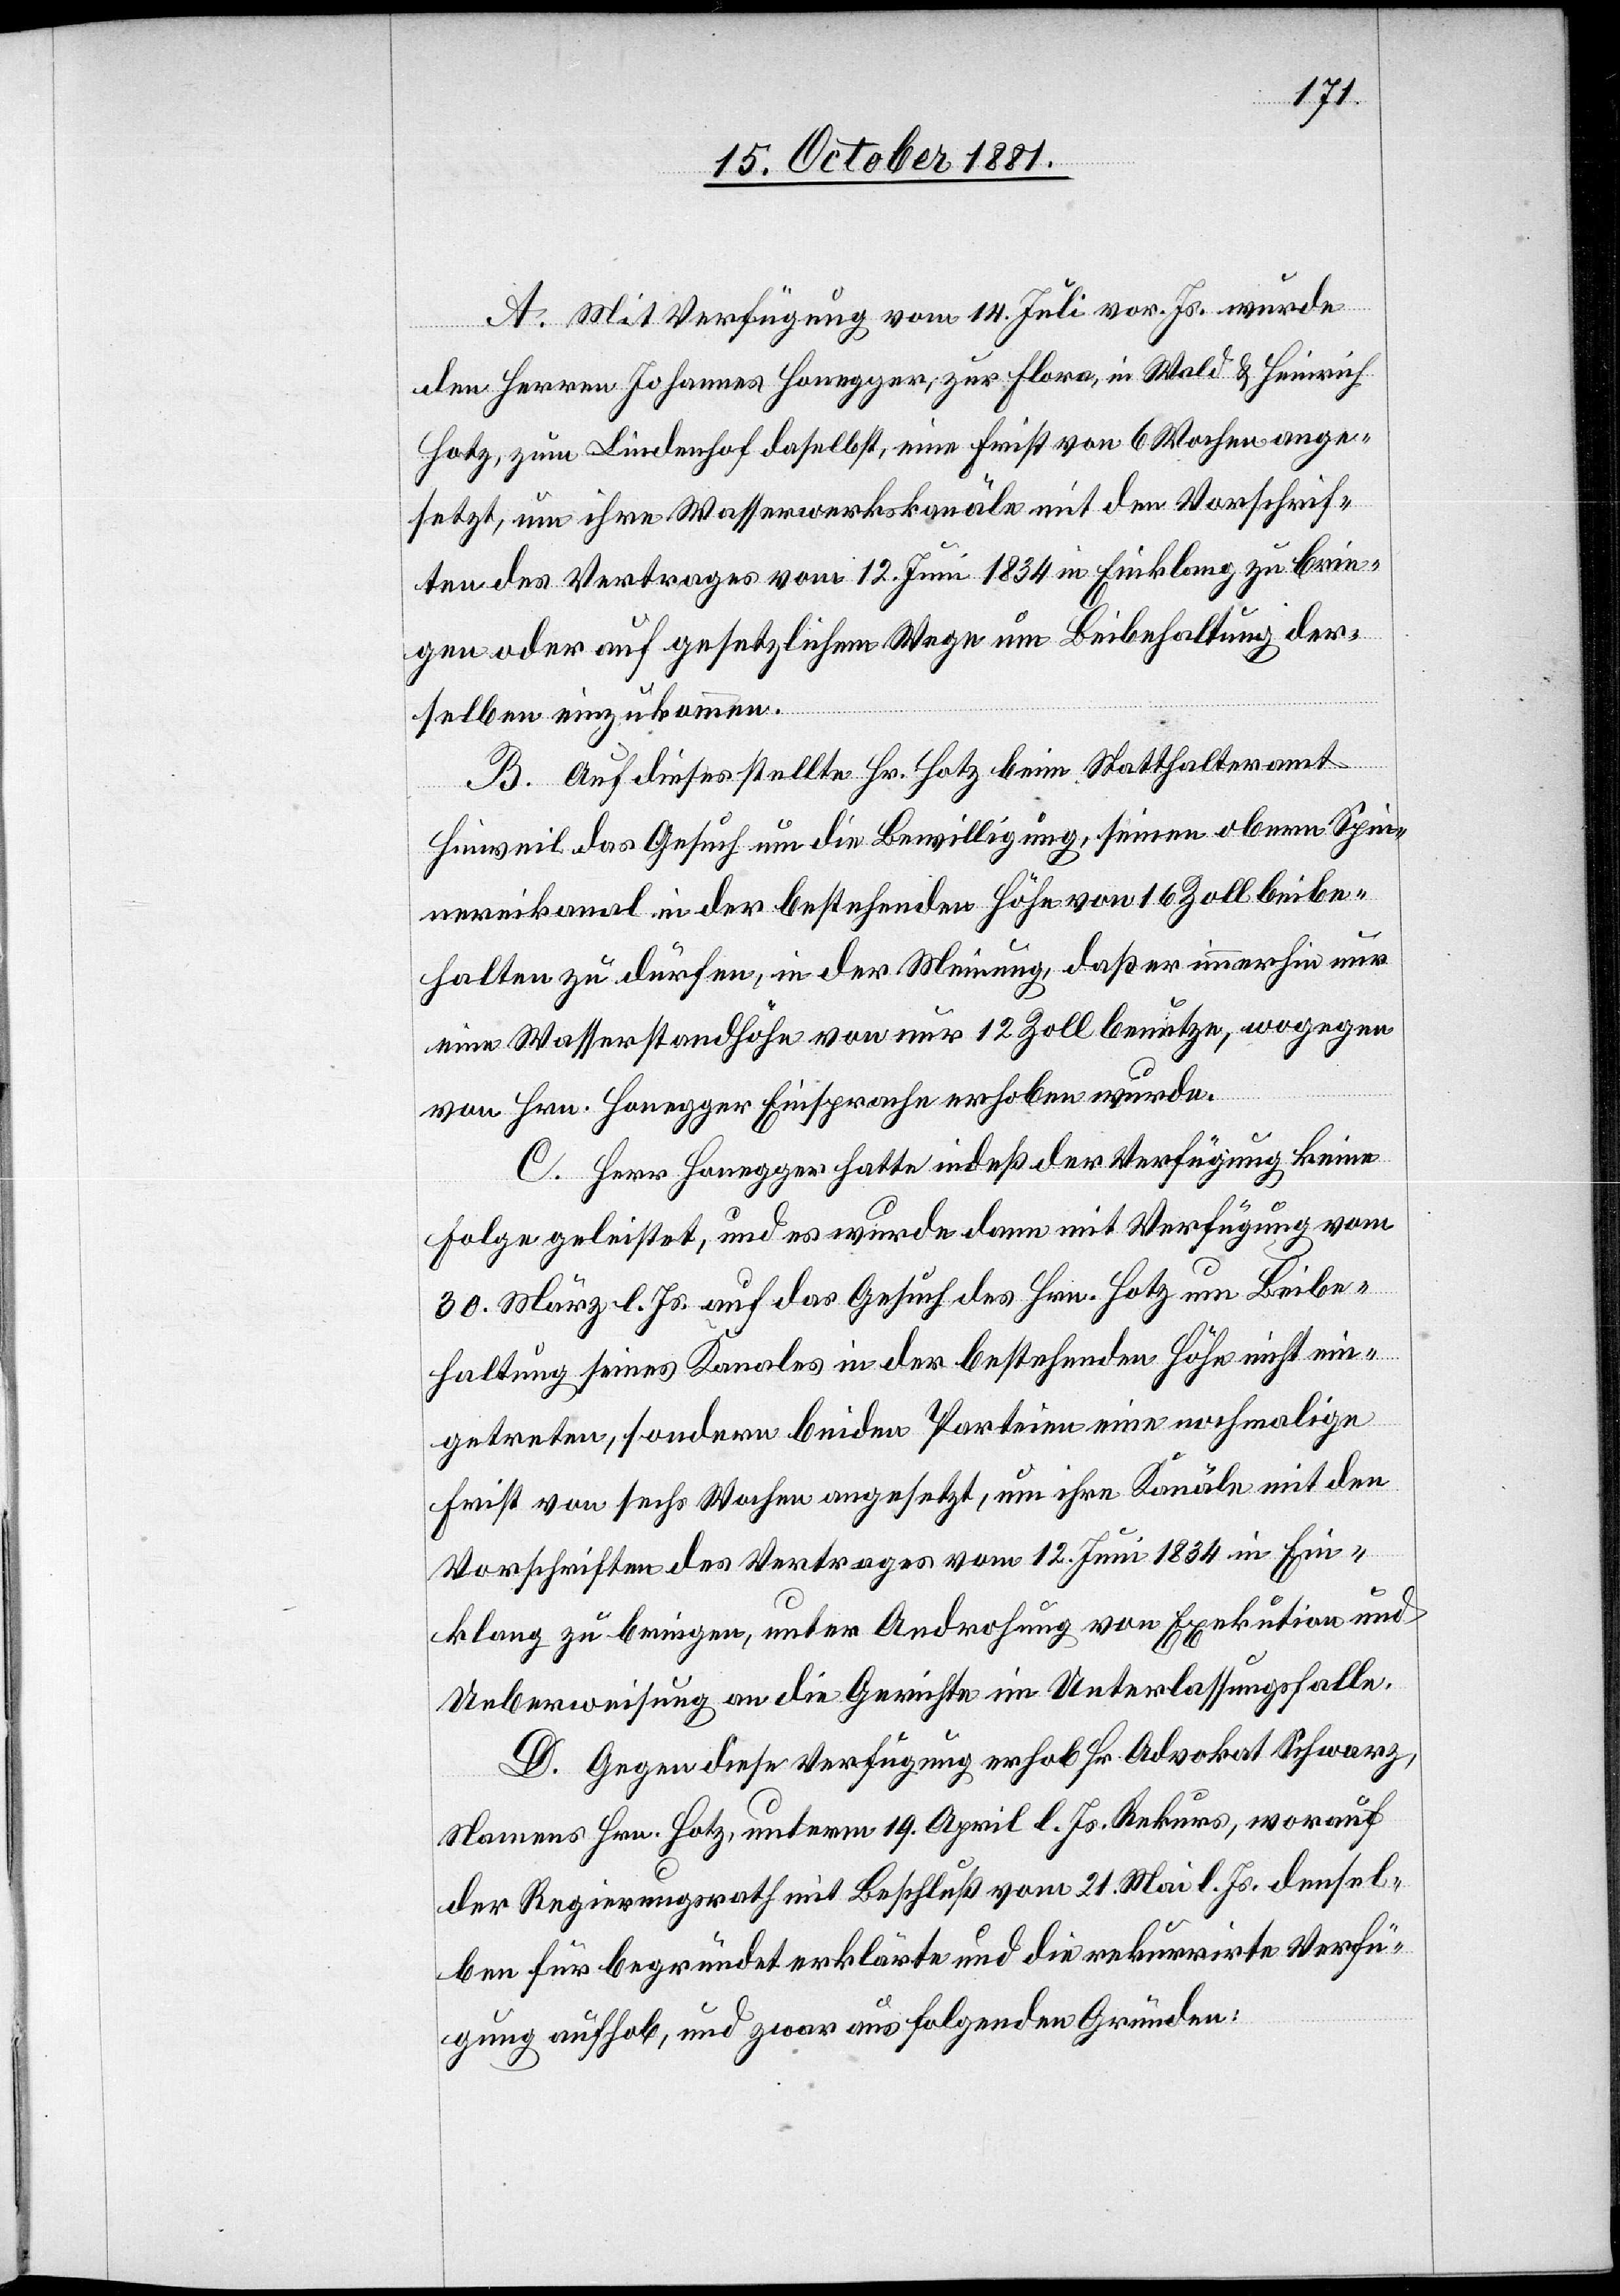
A. Mit Verfügung vom 14. Juli vor. Js. wurde
den Herren Johannes Honegger, zur Flora, in Wald & Heinrich
Hotz, zum Lindenhof daselbst, eine Frist von 6 Wochen ange¬
setzt, um ihre Wasserwerkskanäle mit den Vorschrif¬
ten des Vertrages vom 12. Juni 1834 in Einklang zu brin¬
gen oder auf gesetzlichem Wege um Beibehaltung der¬
selben einzukommen.
B. Auf dieses stellte Hr. Hotz beim Statthalteramt
Hinweil das Gesuch um die Bewilligung, seinen obern Spin¬
nereikanal in der bestehenden Höhe von 16 Zoll beibe¬
halten zu dürfen, in der Meinung, daß er immerhin nur
eine Wasserstandhöhe von nur [sic!] 12 Zoll benutze, wogegen
von Hrn. Honegger Einsprache erhoben wurde.
C. Herr Honegger hatte indeß der Verfügung keine
Folge geleistet, und es wurde dann mit Verfügung vom
30. März l. Js. auf das Gesuch des Hrn. Hotz um Beibe¬
haltung seines Kanals in der bestehenden Höhe nicht ein¬
getreten, sondern beiden Parteien eine nochmalige
Frist von sechs Wochen angesetzt, um ihre Kanäle mit den
Vorschriften des Vertrages vom 12. Juni 1834 in Ein¬
klang zu bringen, unter Androhung von Exekution und
Ueberweisung an die Gerichte im Unterlassungsfalle.
D. Gegen diese Verfügung erhob Hr. Advokat Schwarz,
Namens Hrn. Hotz, unterm 19. April l. Js. Rekurs, worauf
der Regierungsrath mit Beschluß vom 21. Mai l. Js. densel¬
ben für begründet erklärte und die rekurrirte Verfü¬
gung aufhob, und zwar aus folgenden Gründen: